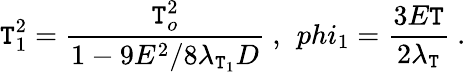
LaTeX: \mathtt{T}_{1}^{2}={\frac{{\mathtt{T}_{o}^{2}}}{{1-9E^{2}/8\lambda_{\mathtt{T}_{1}}D}}}\ ,\ \, phi_{1}={\frac{{3E\mathtt{T}}}{{2\lambda_{\mathtt{T}}}}}\ .